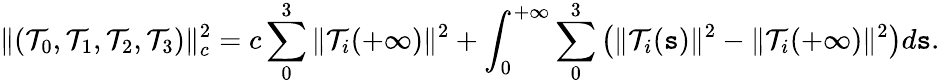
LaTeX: \| (\mathcal{T}_{0},\mathcal{T}_{1},\mathcal{T}_{2},\mathcal{T}_{3})\| _{c}^{2}=c\sum_{0}^{3}\| \mathcal{T}_{i}(+\infty)\| ^{2}+\int_{0}^{+\infty}\sum_{0}^{3}\left(\| \mathcal{T}_{i}(\mathtt{s})\| ^{2}-\| \mathcal{T}_{i}(+\infty)\| ^{2}\right)d\mathtt{s}.